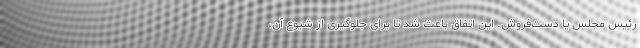
رئیس مجلس یا دست‌فروش. این اتفاق باعث شد تا برای جلوگیری از شیوع آن،